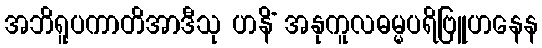
အဘိရူပကာတိအာဒီသု ဟနိံ အနုကူလဓမ္မပရိဗြူဟနေန